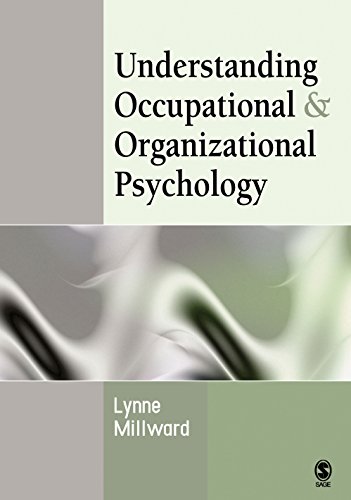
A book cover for Understanding Occupational & Organizational Psychology; Lynne Millward; Medical Books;